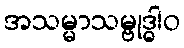
အသမ္မာသမ္ဗုဒ္ဓါဝ